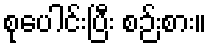
စုပေါင်းပြီး စဉ်းစား။